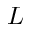
L